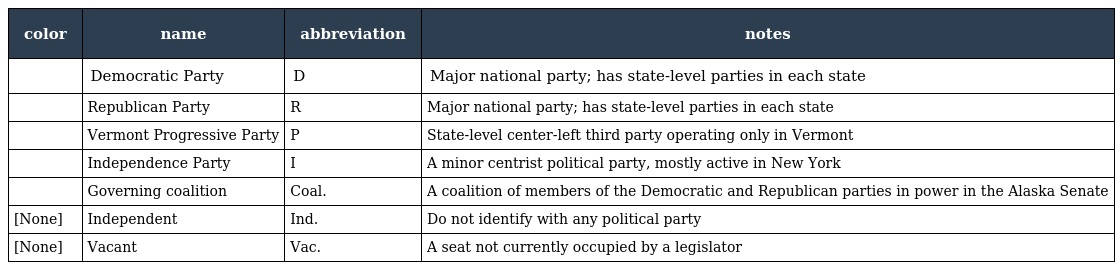
| color | name | abbreviation | notes |
 | --- | --- | --- | --- |
 |  | Democratic Party | D | Major national party; has state-level parties in each state |
 |  | Republican Party | R | Major national party; has state-level parties in each state |
 |  | Vermont Progressive Party | P | State-level center-left third party operating only in Vermont |
 |  | Independence Party | I | A minor centrist political party, mostly active in New York |
 |  | Governing coalition | Coal. | A coalition of members of the Democratic and Republican parties in power in the Alaska Senate |
 | [None] | Independent | Ind. | Do not identify with any political party |
 | [None] | Vacant | Vac. | A seat not currently occupied by a legislator |